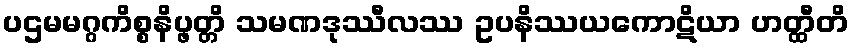
ပဌမမဂ္ဂကိစ္စနိပ္ဖတ္တိ သမဏဒုဿီလဿ ဥပနိဿယကောဋိယာ ဟတ္ထီတိ